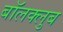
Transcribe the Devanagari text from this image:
बॉलक्लुब